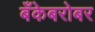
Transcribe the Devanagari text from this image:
बँकेबरोबर